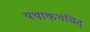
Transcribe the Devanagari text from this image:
यथाकथंचित्‌